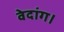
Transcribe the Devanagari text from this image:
वेदांग।